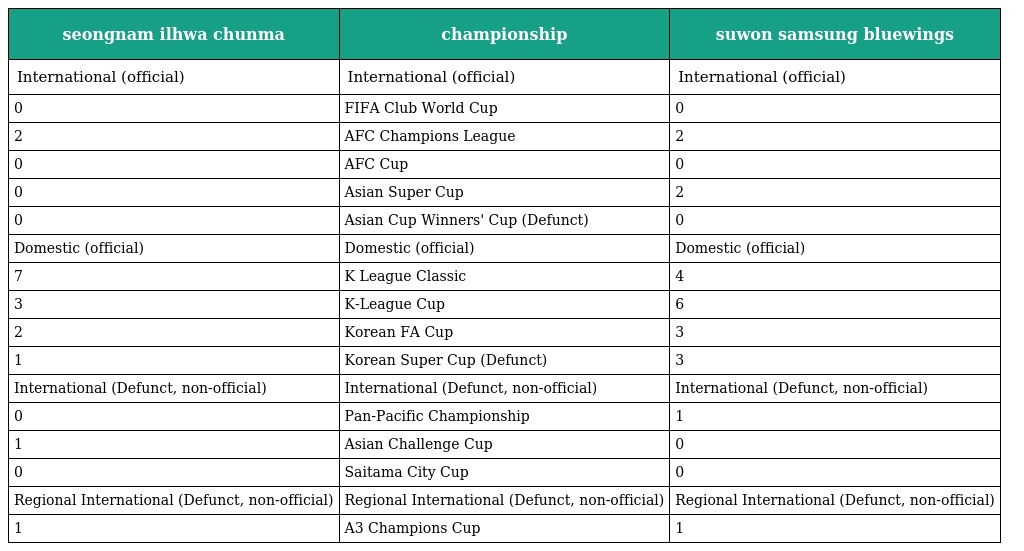
| seongnam ilhwa chunma | championship | suwon samsung bluewings |
 | --- | --- | --- |
 | International (official) | International (official) | International (official) |
 | 0 | FIFA Club World Cup | 0 |
 | 2 | AFC Champions League | 2 |
 | 0 | AFC Cup | 0 |
 | 0 | Asian Super Cup | 2 |
 | 0 | Asian Cup Winners' Cup (Defunct) | 0 |
 | Domestic (official) | Domestic (official) | Domestic (official) |
 | 7 | K League Classic | 4 |
 | 3 | K-League Cup | 6 |
 | 2 | Korean FA Cup | 3 |
 | 1 | Korean Super Cup (Defunct) | 3 |
 | International (Defunct, non-official) | International (Defunct, non-official) | International (Defunct, non-official) |
 | 0 | Pan-Pacific Championship | 1 |
 | 1 | Asian Challenge Cup | 0 |
 | 0 | Saitama City Cup | 0 |
 | Regional International (Defunct, non-official) | Regional International (Defunct, non-official) | Regional International (Defunct, non-official) |
 | 1 | A3 Champions Cup | 1 |